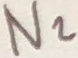
Text: N2